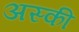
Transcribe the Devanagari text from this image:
अस्की